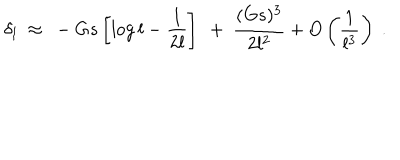
\delta _ { l } ~ \approx ~ - G s \left[ \log { l } - { \frac { 1 } { 2 l } } \right] ~ + ~ { \frac { ( G s ) ^ { 3 } } { 2 l ^ { 2 } } } + O \left( \frac { 1 } { l ^ { 3 } } \right) ~ .